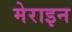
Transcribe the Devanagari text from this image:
मेराइन